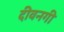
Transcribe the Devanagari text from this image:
दीवनगी